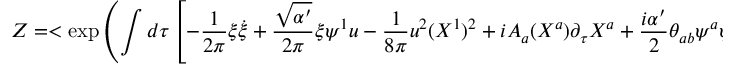
Z = < \exp \left( \int d \tau \left[ - \frac { 1 } { 2 \pi } \xi \dot { \xi } + \frac { \sqrt { \alpha ^ { \prime } } } { 2 \pi } \xi \psi ^ { 1 } u - \frac { 1 } { 8 \pi } u ^ { 2 } ( X ^ { 1 } ) ^ { 2 } + i A _ { a } ( X ^ { a } ) \partial _ { \tau } X ^ { a } + \frac { i \alpha ^ { \prime } } { 2 } \theta _ { a b } \psi ^ { a } \psi ^ { b } \right] \right) > \ ,